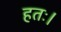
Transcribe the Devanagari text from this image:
हतः।